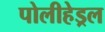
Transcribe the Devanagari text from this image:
पोलीहेड्रल